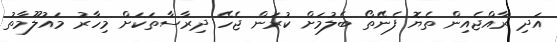
އަދި ރާއްޖެއިން ތެޔޮ ފެނޭތޯ ބެލުމަށް ކުރަން ޖެހޭ ދިރާސާތަކަށް މިހާރު މައުލޫމާތު